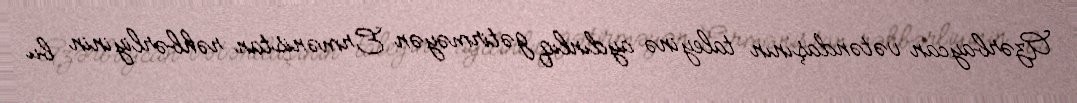
Azərbaycan vətəndaşının taleyinə aydınlıq gətirməyən Ermənistan rəhbərliyinin bu